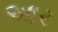
આર